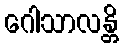
ဂေါသာလန္တိ